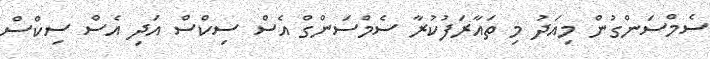
ސެމްސަންގުން މިއަދު މި ތައާރަފުކުރާ ސެމްސަންގް އެސް ސިކްސް އަދި އެސް ސިކްސް